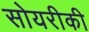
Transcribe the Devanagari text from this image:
सोयरीकी